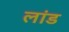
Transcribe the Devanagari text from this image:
लांड